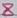
Text: 8